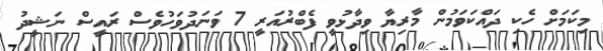
މިކަމަށް ހެކި ދައްކަވަމުން މާރިޔާ ވިދާޅުވީ ފެބްރުއަރީ 7 ވަނަދުވަހުވެސް ރައީސް ނަޝީދު